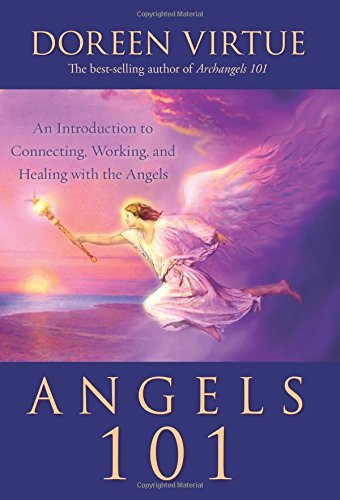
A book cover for Angels 101: An Introduction to Connecting, Working, and Healing with the Angels; Doreen Virtue; Religion & Spirituality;